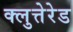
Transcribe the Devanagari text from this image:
क्लुत्तेरेड